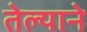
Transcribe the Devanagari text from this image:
तेल्याने